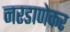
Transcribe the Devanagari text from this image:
नरडाणेकर